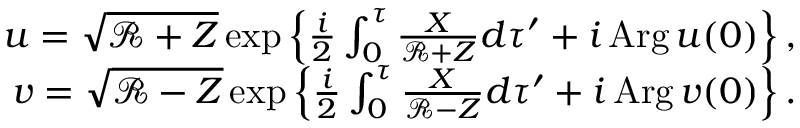
\begin{array} { r } { u = \sqrt { \mathcal R + Z } \exp \left\{ \frac { i } { 2 } \int _ { 0 } ^ { \tau } \frac { X } { \mathcal R + Z } d \tau ^ { \prime } + i \, \mathrm { A r g } \, u ( 0 ) \right\} , } \\ { v = \sqrt { \mathcal R - Z } \exp \left\{ \frac { i } { 2 } \int _ { 0 } ^ { \tau } \frac { X } { \mathcal R - Z } d \tau ^ { \prime } + i \, \mathrm { A r g } \, v ( 0 ) \right\} . } \end{array}